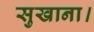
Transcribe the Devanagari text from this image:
सुखाना।